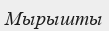
Мырышты